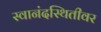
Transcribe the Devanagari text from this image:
स्वानंदस्थितीवर